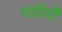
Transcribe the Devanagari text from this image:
पारियौ